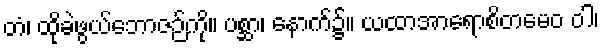
တံ၊ ထိုခဲဖွယ်ဘောဇဉ်ကို။ ပစ္ဆာ၊ နောက်၌။ ယထာအာရောစိတမေဝ ဝါ၊